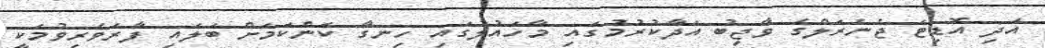
އަދި އޮޑިޓަ ޖެނެރަލްގެ ވާޖިބު އަދާކުރުމުގައި މާހައުލުގައި ހިނގާ ކަންކަމަށް ބަލައި ފާރަވެރިވުމަކީ